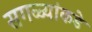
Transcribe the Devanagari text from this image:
सगळ्यांकडे